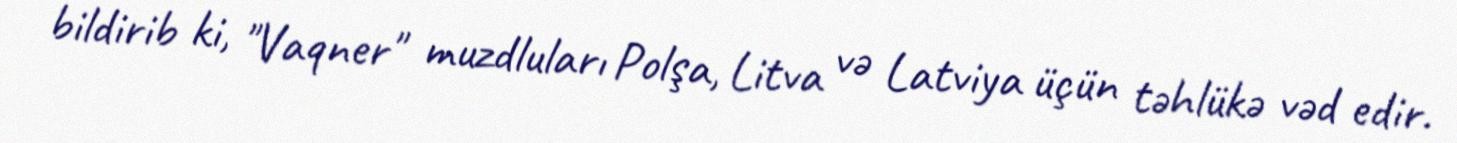
bildirib ki, "Vaqner" muzdluları Polşa, Litva və Latviya üçün təhlükə vəd edir.